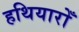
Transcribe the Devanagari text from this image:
हथियारोँ